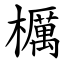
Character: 櫔